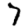
Digit: 7